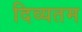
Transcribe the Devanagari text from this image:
दिव्यतम